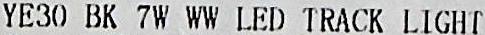
YE30 BK 7W WW LED TRACK LIGHT